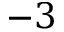
{ - 3 }